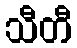
သီတီ